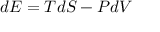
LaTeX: d E = T d S - P d V